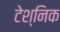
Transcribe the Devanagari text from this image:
टेश्निक